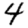
Digit: 4